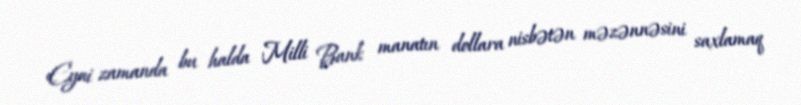
Eyni zamanda bu halda Milli Bank manatın dollara nisbətən məzənnəsini saxlamaq